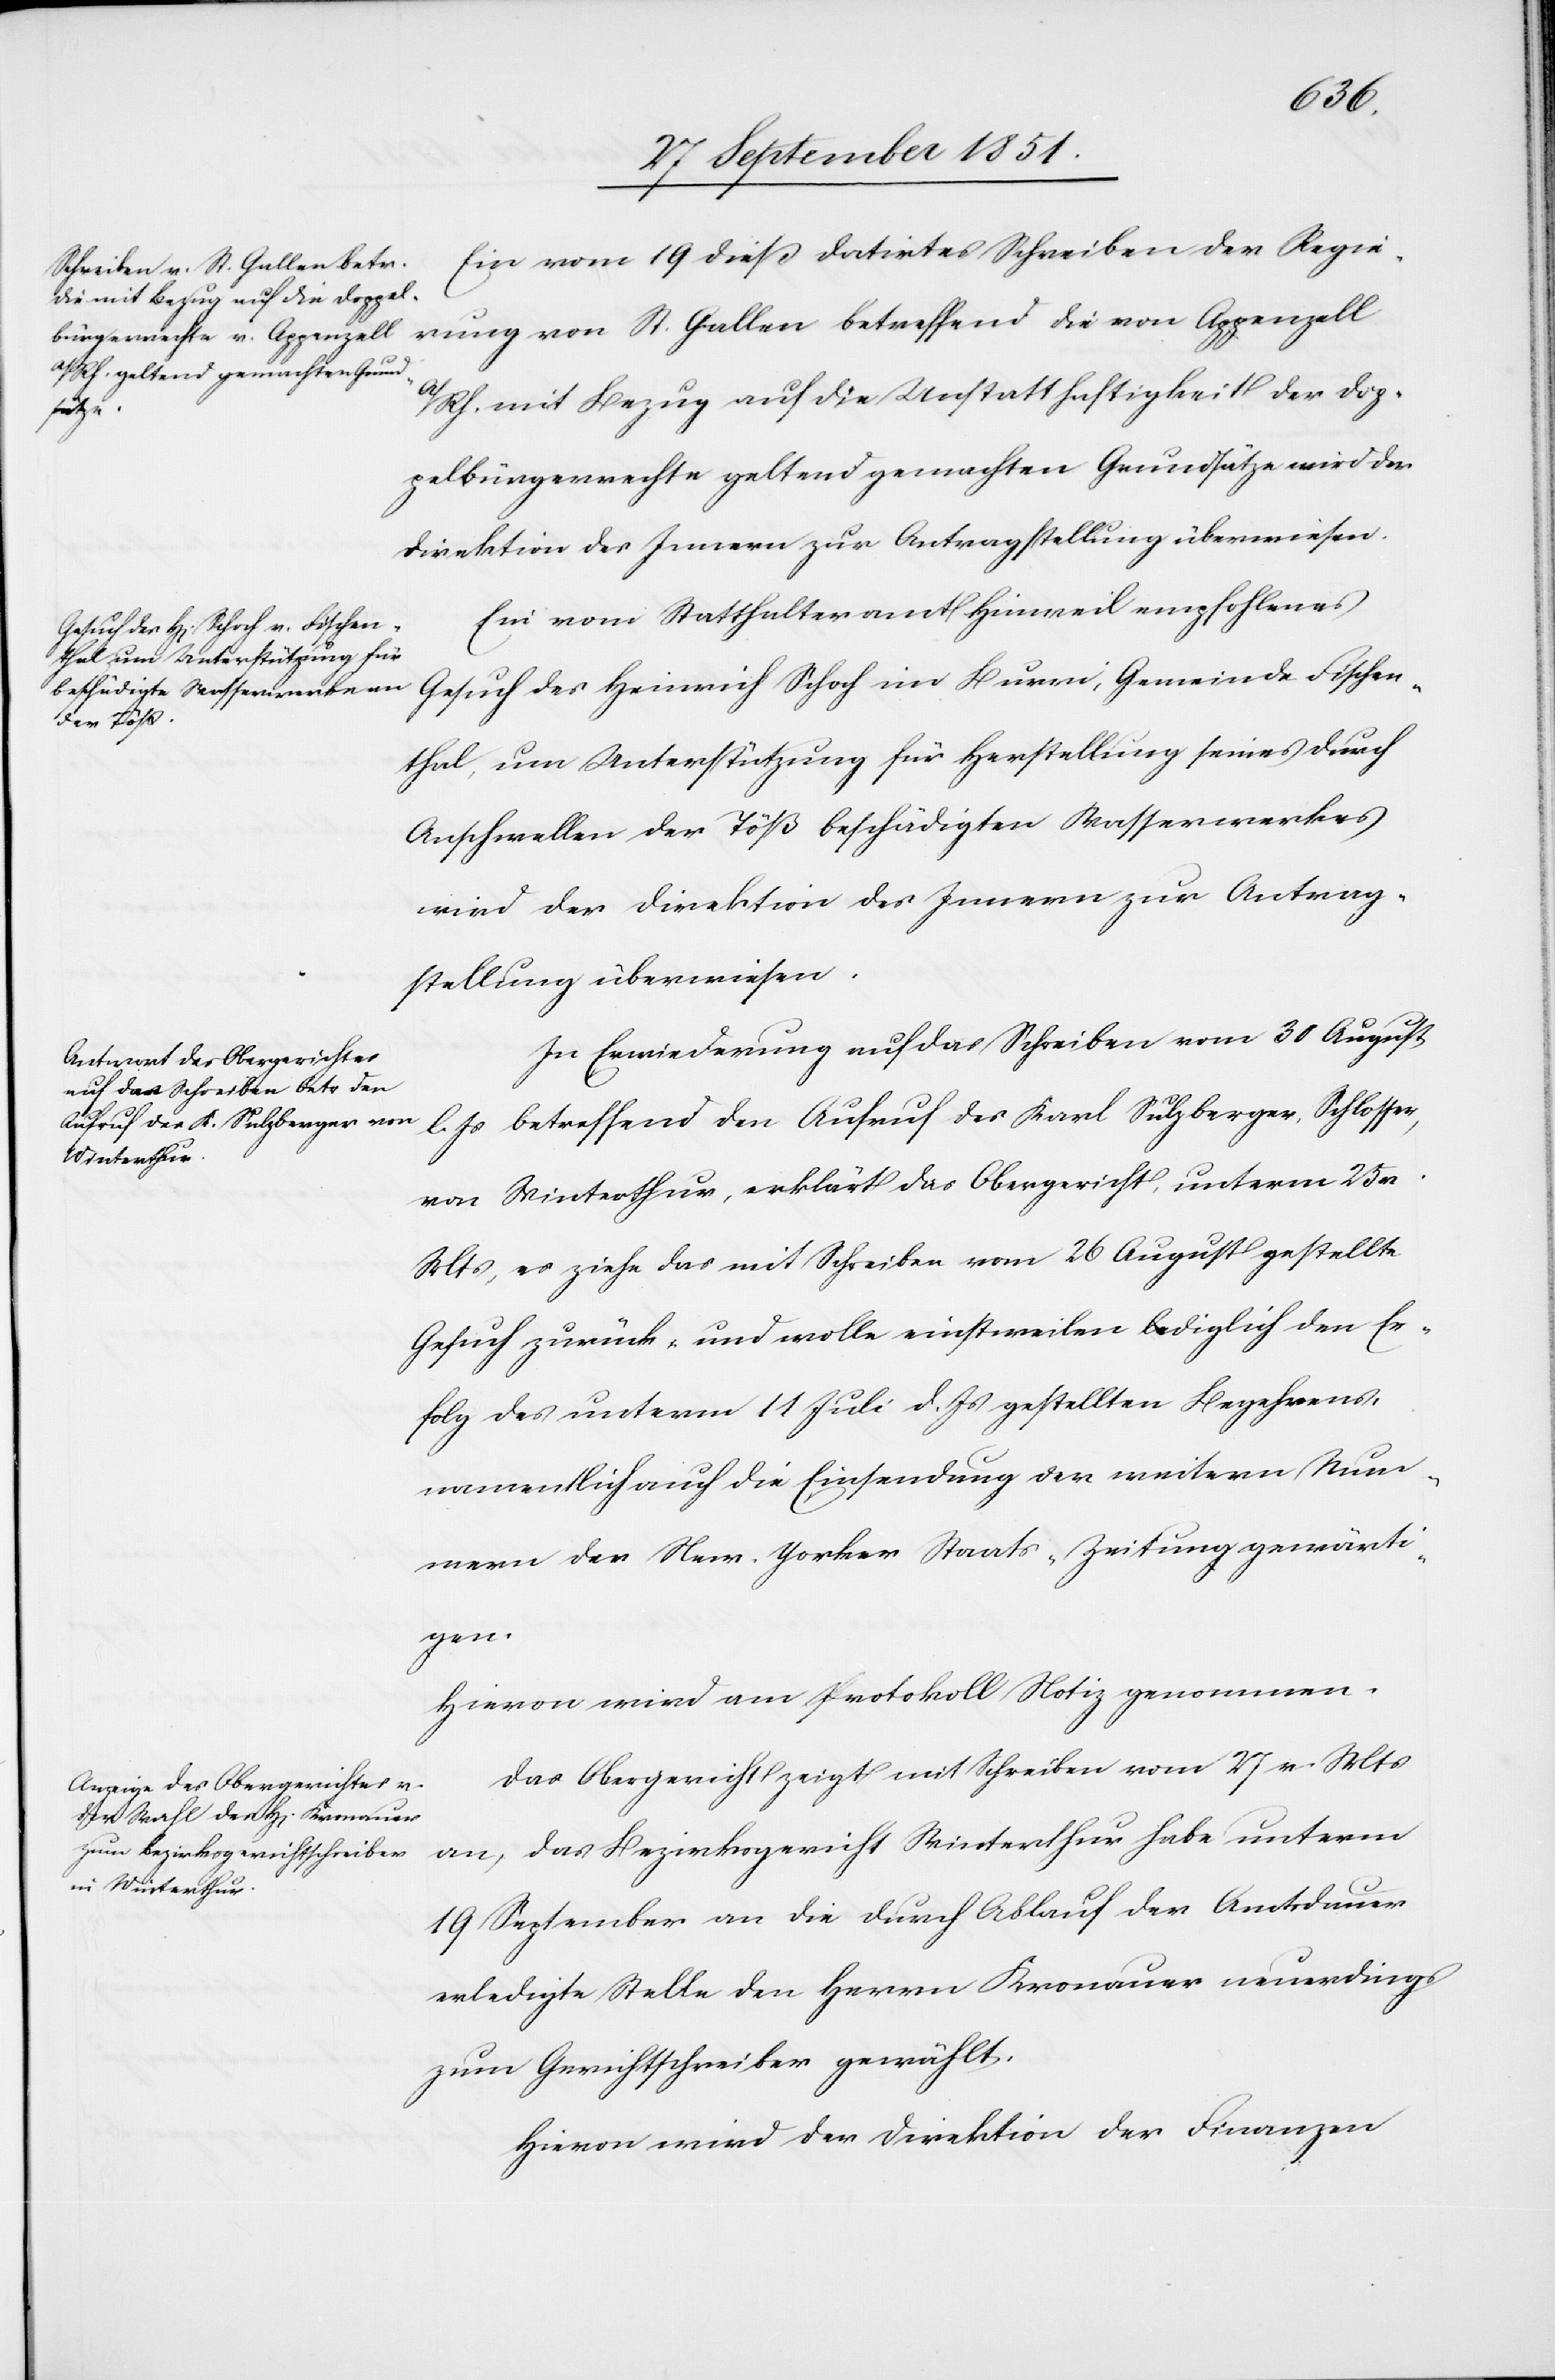
1 October 1851.]
Ein vom 19 dieß datirtes Schreiben der Regie¬
rung von St. Gallen betreffend die von Appenzell
A/Rh. mit Bezug auf die Unstatthaftigkeit der Dop¬
pelbürgerrechte geltend gemachten Grundsätze wird der
Direktion des Innern zur Antragstellung überwiesen.
Ein vom Statthalteramt Hinweil empfohlenes
Gesuch des Heinrich Schoch im Buren, Gemeinde Fischen¬
thal, um Unterstützung für Herstellung seines durch
Anschwellen der Töß beschädigten Wasserwerkes
wird der Direktion des Innern zur Antrag¬
stellung überwiesen.
In Erwiederung auf das Schreiben vom 30 August
l. Js betreffend den Aufruf des Karl Sulzberger, Schlosser,
von Winterthur, erklärt das Obergericht, unterm 25 v.
Mts, es ziehe das mit Schreiben vom 26 August gestellte
Gesuch zurück, und wolle einstweilen lediglich den Er¬
folg des unterm 11 Juli d. Js gestellten Begehrens,
namentlich auch die Einsendung der weitern Num¬
mern der New-Yorker Staats-Zeitung gewärti¬
gen.
Hievon wird am Protokoll Notiz genommen.
Das Obergericht zeigt mit Schreiben vom 27 v. Mts
an, das Bezirksgericht Winterthur habe unterm
19 September an die durch Ablauf der Amtsdauer
erledigte Stelle den Herrn Kronauer neuerdings
zum Gerichtschreiber gewählt.
Hievon wird der Direktion der Finanzen